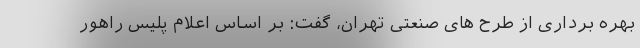
بهره برداری از طرح های صنعتی تهران، گفت: بر اساس اعلام پلیس راهور